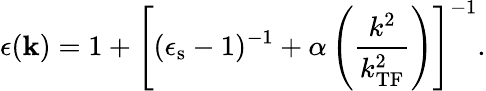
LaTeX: \epsilon(\mathbf{k})=1+\left[(\epsilon_{\mathrm{s}}-1)^{-1}+\alpha\left(\frac{k^{2}}{k_{\mathrm{TF}}^{2}}\right)\right]^{-1}.